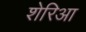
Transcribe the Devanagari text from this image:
शेरिआ